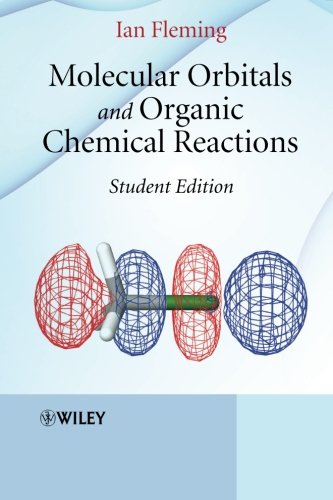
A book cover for Molecular Orbitals and Organic Chemical Reactions; Ian Fleming; Science & Math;